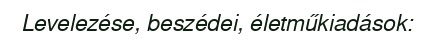
Levelezése, beszédei, életműkiadások: